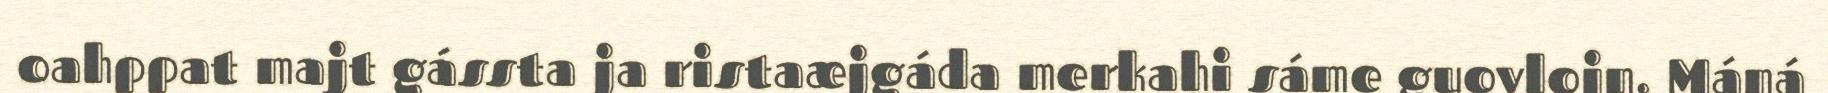
oahppat majt gássta ja ristaæjgáda merkahi sáme guovlojn. Máná